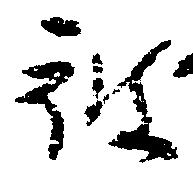
被